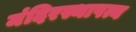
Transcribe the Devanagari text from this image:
मंदिरस्थापत्य